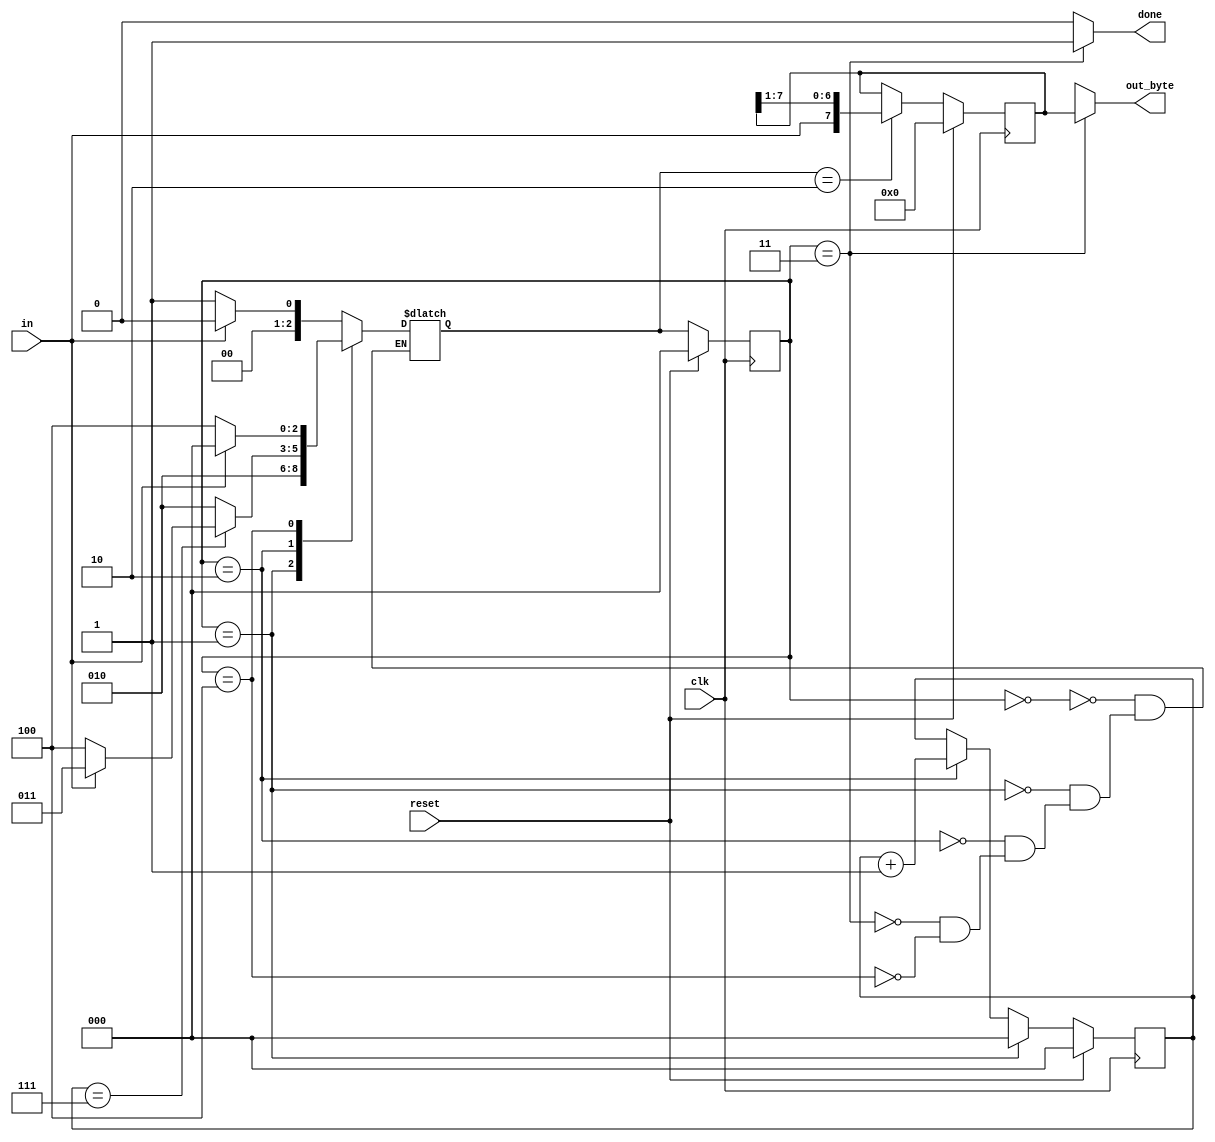
module top_module(
    input clk,
    input in,
    input reset,
    output [7:0] out_byte,
    output done
); 
    parameter IDLE = 0,
              START = 1,
              DATA = 2,
              STOP = 3,
              ERROR = 4;
    reg [2:0] state,next_state;
    reg [2:0] count;
    reg [7:0] out_byte_r;

    always @(*) begin
        case (state)
            IDLE :  if (in == 1) begin
                        next_state = IDLE;
                    end
                    else begin
                        next_state = START;
                    end 
            START : next_state = DATA; 
            DATA  : if (count == 7) begin
                        if (in == 1) begin
                            next_state = STOP;
                        end
                        else begin
                            next_state = ERROR;
                        end
                    end
                    else begin
                        next_state = DATA;
                    end
            STOP  : if (in == 1) begin
                        next_state = IDLE;
                    end
                    else begin
                        next_state = START;
                    end
            ERROR : if (in == 1) begin
                        next_state = IDLE;
                    end
                    else begin
                        next_state = ERROR;
                    end
        endcase
    end

    always @(posedge clk) begin
        if (reset) begin
            count <= 0;
        end
        else if(state == START) begin
            count <= 0;
        end
        else if(state == DATA) begin
            count <= count + 1;
        end
    end
    
    always @(posedge clk) begin
        if (reset) begin
            out_byte_r <= 0;
        end
        else if(next_state == DATA) begin
            out_byte_r <= {in, out_byte_r[7:1]};
        end
    end

    always @(posedge clk) begin
        if (reset) begin
            state <= IDLE;
        end
        else begin
            state <= next_state;
        end
    end

    assign done = (state == STOP) ? 1'b1 : 1'b0;
	assign out_byte = (state == STOP) ? out_byte_r : 8'bx;

endmodule